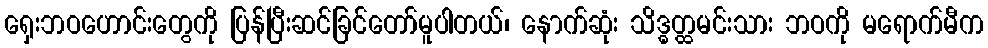
ရှေးဘဝဟောင်းတွေကို ပြန်ပြီးဆင်ခြင်တော်မူပါတယ်၊ နောက်ဆုံး သိဒ္ဓတ္ထမင်းသား ဘဝကို မရောက်မီက